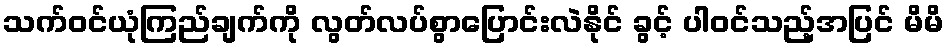
သက်ဝင်ယုံကြည်ချက်ကို လွတ်လပ်စွာပြောင်းလဲနိုင် ခွင့် ပါဝင်သည့်အပြင် မိမိ